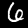
Label: 6